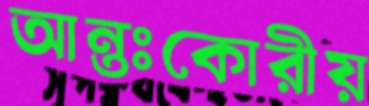
আন্তঃকোরীয়